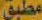
مطبق